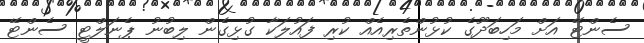
ސެންޓޭ އަށް މަހިބަދޫގެ ކުޅުންތެރިއެއް ކުރި ފައުލަކާ ގުޅިގެން ލިބުނު ޕެނަލްޓީ ސެންޓޭ